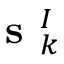
\textbf { s } _ { k } ^ { I }